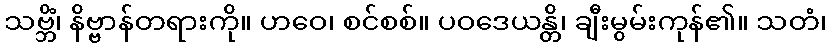
သဗ္ဘိံ၊ နိဗ္ဗာန်တရားကို။ ဟဝေ၊ စင်စစ်။ ပဝဒေယန္တိ၊ ချီးမွမ်းကုန်၏။ သတံ၊